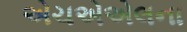
એચએએલના